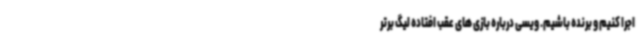
اجرا کنیم و برنده باشیم. ویسی درباره بازی های عقب افتاده لیگ برتر